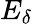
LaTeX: E_{\delta}